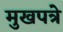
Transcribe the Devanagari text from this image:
मुखपत्रे